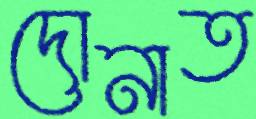
দোনাত